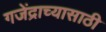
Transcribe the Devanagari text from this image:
गजेंद्राच्यासाठी